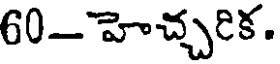
60- హెచ్చరిక.